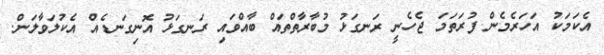
އެކަމަކު އަހަރެމެން ފުރަތަމަ ޖެހެނީ ރަނގަޅު މުބާރާތްތައް ބާއްވައި ރަނގަޅު އޮނިގަނޑެއް އެކުލަވާލަން.